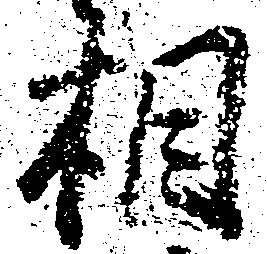
相